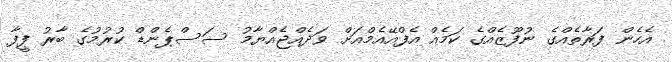
އެހެން ފަރާތެއްގެ ނުފޫޒެއްގެ ކަމެއް އެފްއޭއެމްއަށް ވަދެއްޖެއްޔާމު ސަސްޕެންޑް ކުރުމުގެ ބާރު ފީފާ